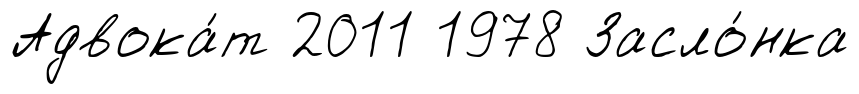
Адвока́т 2011 1978 Засло́нка